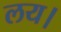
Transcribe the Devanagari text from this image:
लय।